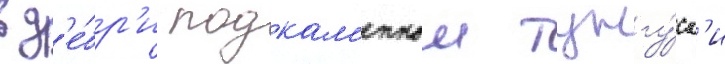
в д'е́бр'и подкам'еннои тунгу́ск'и